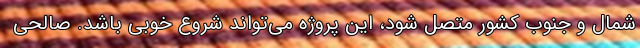
شمال و جنوب کشور متصل شود، این پروژه می‌تواند شروع خوبی باشد. صالحی